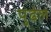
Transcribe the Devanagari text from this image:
पुढेल